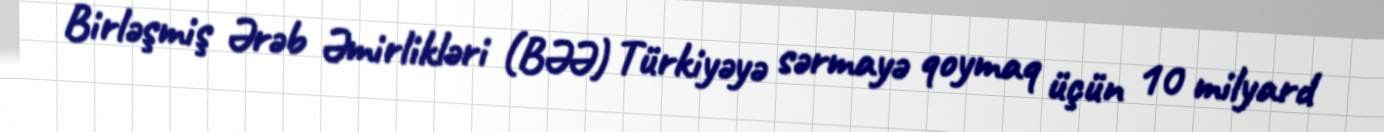
Birləşmiş Ərəb Əmirlikləri (BƏƏ) Türkiyəyə sərmayə qoymaq üçün 10 milyard